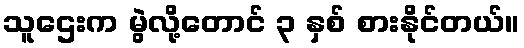
သူဌေးက မွဲလို့တောင် ၃ နှစ် စားနိုင်တယ်။